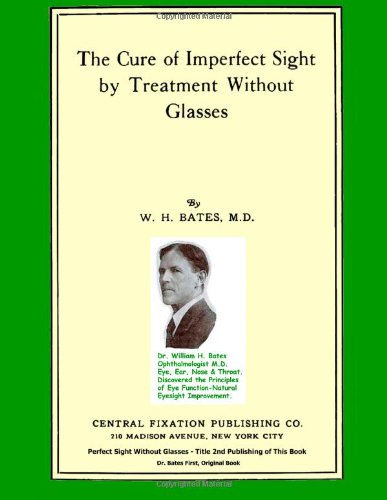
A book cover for The Cure of Imperfect Sight by Treatment Without Glasses: Dr. Bates Original, First Book (Black & White Edition); W. H. Bates; Health, Fitness & Dieting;